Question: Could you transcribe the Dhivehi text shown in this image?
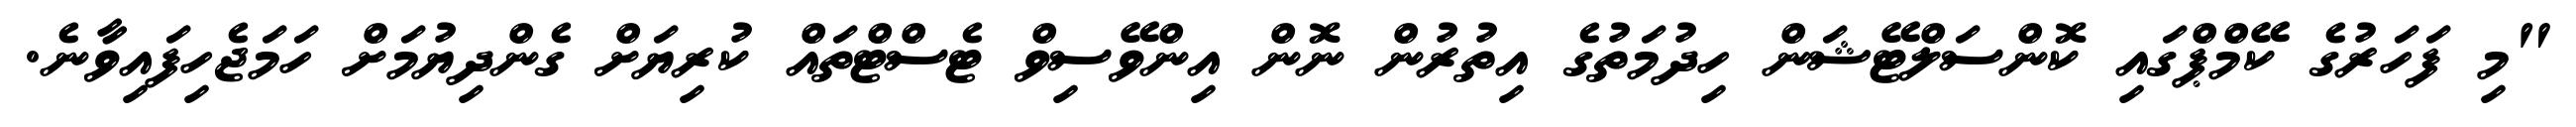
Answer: "މި ފަހަރުގެ ކޭމްޕްގައި ކޮންސަލްޓޭޝަން ހިދުމަތުގެ އިތުރުން ނޮން އިންވޭސިވް ޓެސްޓްތައް ކުރިޔަށް ގެންދިޔުމަށް ހަމަޖެހިފައިވާނެ.